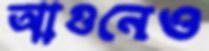
আগুনেও